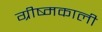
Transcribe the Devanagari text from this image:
ग्रीष्मकाली